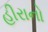
હીરાનો